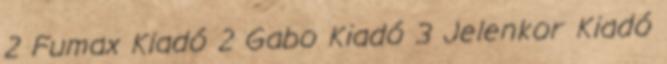
2 Fumax Kiadó 2 Gabo Kiadó 3 Jelenkor Kiadó